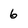
Character: 6